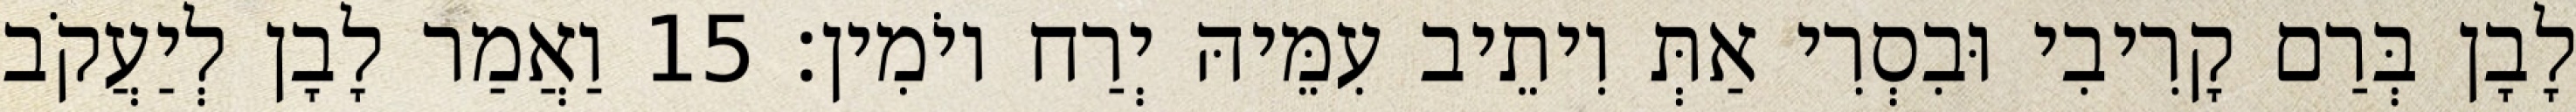
לָבָן בְּרַם קָרִיבִי וּבִסְרִי אַתְּ וִיתֵיב עִמֵּיהּ יְרַח יוֹמִין׃ 15 וַאֲמַר לָבָן לְיַעֲקֹב